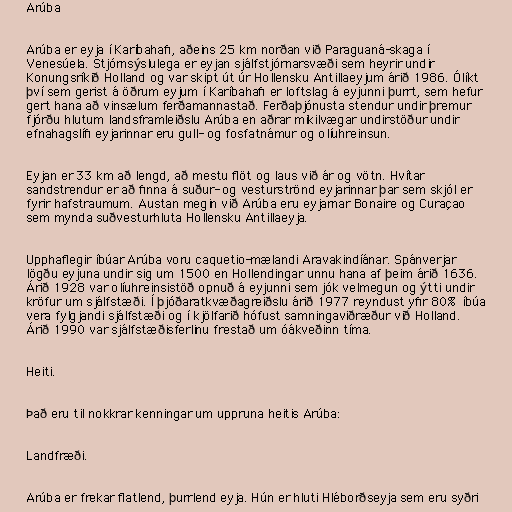
Arúba

Arúba er eyja í Karíbahafi, aðeins 25 km norðan við Paraguaná-skaga í
Venesúela. Stjórnsýslulega er eyjan sjálfstjórnarsvæði sem heyrir undir
Konungsríkið Holland og var skipt út úr Hollensku Antillaeyjum árið 1986. Ólíkt
því sem gerist á öðrum eyjum í Karíbahafi er loftslag á eyjunni þurrt, sem hefur
gert hana að vinsælum ferðamannastað. Ferðaþjónusta stendur undir þremur
fjórðu hlutum landsframleiðslu Arúba en aðrar mikilvægar undirstöður undir
efnahagslífi eyjarinnar eru gull- og fosfatnámur og olíuhreinsun.

Eyjan er 33 km að lengd, að mestu flöt og laus við ár og vötn. Hvítar
sandstrendur er að finna á suður- og vesturströnd eyjarinnar þar sem skjól er
fyrir hafstraumum. Austan megin við Arúba eru eyjarnar Bonaire og Curaçao
sem mynda suðvesturhluta Hollensku Antillaeyja.

Upphaflegir íbúar Arúba voru caquetio-mælandi Aravakindíánar. Spánverjar
lögðu eyjuna undir sig um 1500 en Hollendingar unnu hana af þeim árið 1636.
Árið 1928 var olíuhreinsistöð opnuð á eyjunni sem jók velmegun og ýtti undir
kröfur um sjálfstæði. Í þjóðaratkvæðagreiðslu árið 1977 reyndust yfir 80% íbúa
vera fylgjandi sjálfstæði og í kjölfarið hófust samningaviðræður við Holland.
Árið 1990 var sjálfstæðisferlinu frestað um óákveðinn tíma.

Heiti.

Það eru til nokkrar kenningar um uppruna heitis Arúba:

Landfræði.

Arúba er frekar flatlend, þurrlend eyja. Hún er hluti Hléborðseyja sem eru syðri